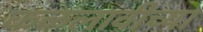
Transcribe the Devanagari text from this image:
कळलावीच्या